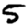
Digit: 5